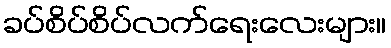
ခပ်စိပ်စိပ်လက်ရေးလေးများ။